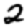
Digit: 2